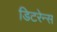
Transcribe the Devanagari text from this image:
डिटरेन्स